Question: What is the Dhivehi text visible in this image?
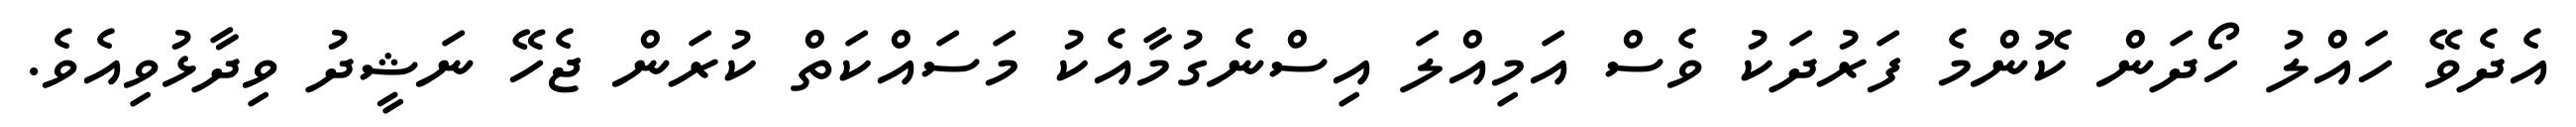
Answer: އެދެވޭ ހައްލު ހޯދަން ކޮންމެ ފަރުދަކު ވެސް އަމިއްލަ އިސްނެގުމާއެކު މަސައްކަތް ކުރަން ޖެހޭ ނަޝީދު ވިދާޅުވިއެވެ.